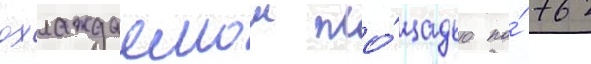
охлаждаемои пло́щадью по́ 762